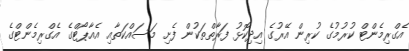
އެގްރިމެންޓް ކުރުމުގެ ކުރިން އޭރުގެ އިދިކޮޅު ފަރާތްތަކުން ފެށި މަސައްކަތާއި އެއާޕޯޓްގެ އެގްރިމެންޓްގެ